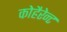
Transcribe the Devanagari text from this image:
कोहैरेन्ट